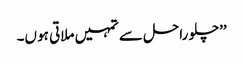
’’چلو راحل سے تمہیں ملاتی ہو ں۔